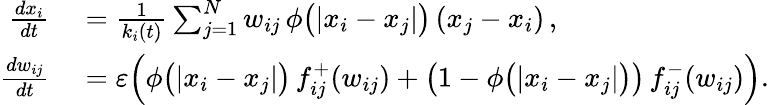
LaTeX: \begin{array}{rl}{\frac{dx_{i}}{dt}}&{{}=\frac{1}{k_{i}(t)}\sum_{j=1}^{N}w_{ij}\, \phi\big(|x_{i}-x_{j}|\big)\, (x_{j}-x_{i})\, ,}\\ {\frac{dw_{ij}}{dt}}&{{}=\varepsilon\Big(\phi\big(|x_{i}-x_{j}|\big)\, f_{ij}^{+}(w_{ij})+\big(1-\phi\big(|x_{i}-x_{j}|\big)\big)\, f_{ij}^{-}(w_{ij})\Big).}\end{array}